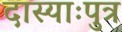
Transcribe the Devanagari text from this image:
दास्याःपुत्र